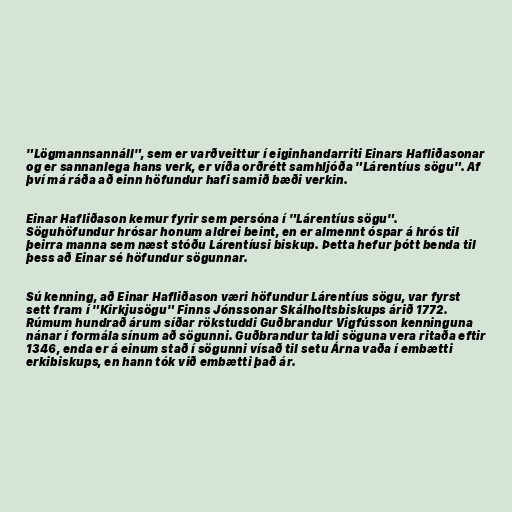
"Lögmannsannáll", sem er varðveittur í eiginhandarriti Einars Hafliðasonar
og er sannanlega hans verk, er víða orðrétt samhljóða "Lárentíus sögu". Af
því má ráða að einn höfundur hafi samið bæði verkin.

Einar Hafliðason kemur fyrir sem persóna í "Lárentíus sögu".
Söguhöfundur hrósar honum aldrei beint, en er almennt óspar á hrós til
þeirra manna sem næst stóðu Lárentíusi biskup. Þetta hefur þótt benda til
þess að Einar sé höfundur sögunnar.

Sú kenning, að Einar Hafliðason væri höfundur Lárentíus sögu, var fyrst
sett fram í "Kirkjusögu" Finns Jónssonar Skálholtsbiskups árið 1772.
Rúmum hundrað árum síðar rökstuddi Guðbrandur Vigfússon kenninguna
nánar í formála sínum að sögunni. Guðbrandur taldi söguna vera ritaða eftir
1346, enda er á einum stað í sögunni vísað til setu Árna vaða í embætti
erkibiskups, en hann tók við embætti það ár.